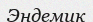
Эндемик